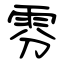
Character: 雰